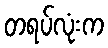
တရပ်လုံးက